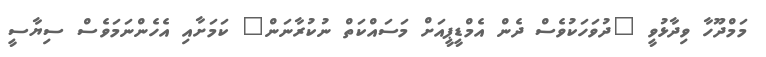
މަމްދޫހާ ވިދާޅުވީ "ދުވަހަކުވެސް ދެން އެމްޑީޕީއަށް މަސައްކަތް ނުކުރާނަން" ކަމަށާއި އެހެންނަމަވެސް ސިޔާސީ